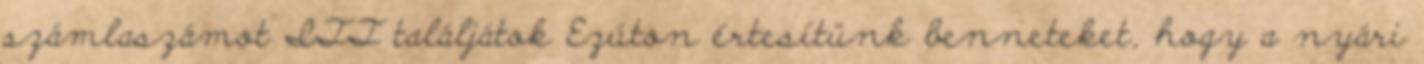
számlaszámot ITT találjátok Ezúton értesítünk benneteket, hogy a nyári